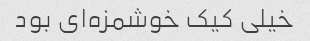
خیلی کیک خوشمزه‌ای بود